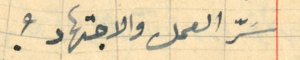
سَرّ العمل والاجتهاد؟